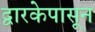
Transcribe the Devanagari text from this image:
द्वारकेपासून